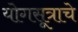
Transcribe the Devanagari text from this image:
योगसूत्राचे